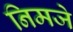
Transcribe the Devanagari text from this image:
निमजे